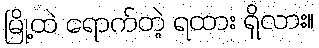
မြို့ထဲ ရောက်တဲ့ ရထား ရှိလား။